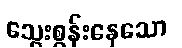
သွေးစွန်းနေသော